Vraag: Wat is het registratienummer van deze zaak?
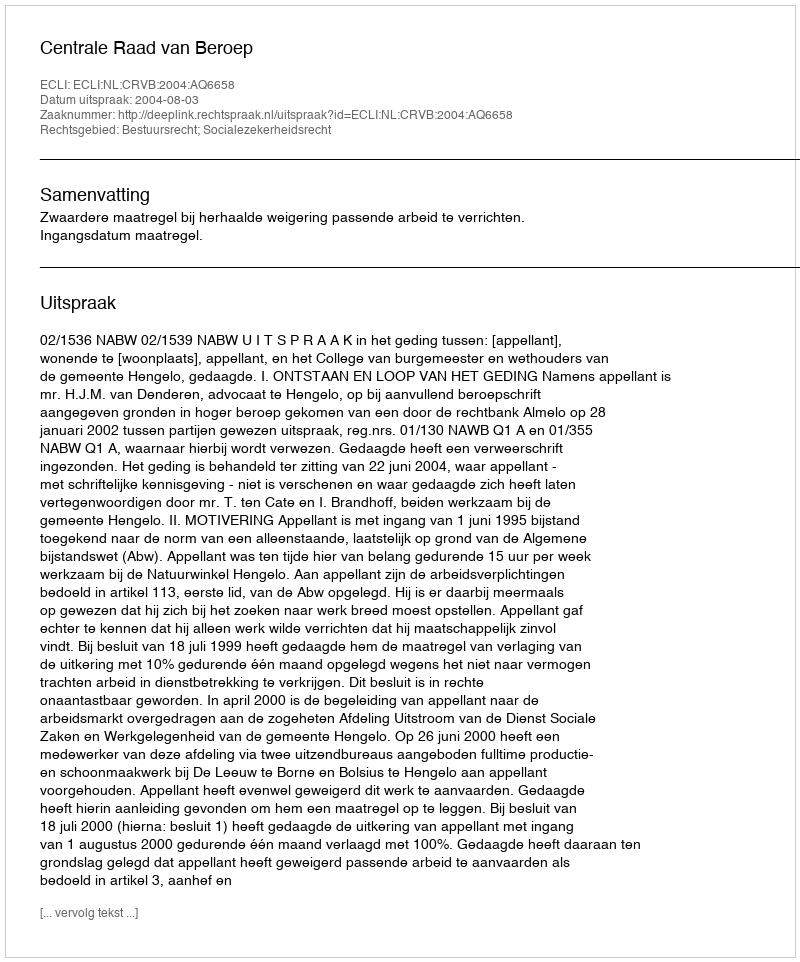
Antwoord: http://deeplink.rechtspraak.nl/uitspraak?id=ECLI:NL:CRVB:2004:AQ6658